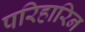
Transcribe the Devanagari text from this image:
परिहारिन